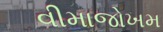
વીમાજોખમ